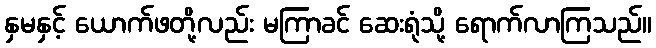
နှမနှင့် ယောက်ဖတို့လည်း မကြာခင် ဆေးရုံသို့ ရောက်လာကြသည်။